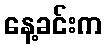
နေ့ခင်းက